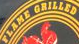
FLAME GEILLED